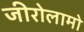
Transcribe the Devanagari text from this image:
जीरोलामो